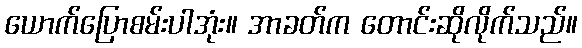
ယောက်ပြောစမ်းပါအုံး။ အာခတ်က တောင်းဆိုလိုက်သည်။